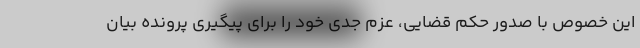
این خصوص با صدور حکم قضایی، عزم جدی خود را برای پیگیری پرونده بیان